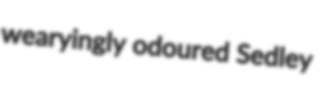
wearyingly odoured Sedley